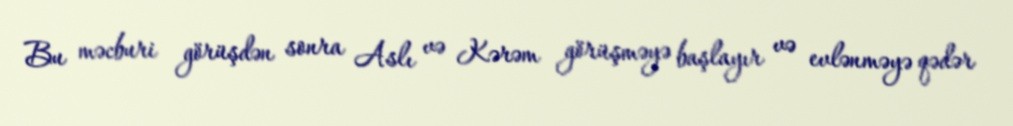
Bu məcburi görüşdən sonra Aslı və Kərəm görüşməyə başlayır və evlənməyə qədər